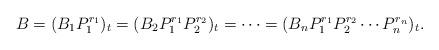
LaTeX: \begin{align*}B = (B_1 P_1^{r_1})_t = (B_2P_1^{r_1}P_2^{r_2})_t = \dots = (B_{n}P_{1}^{r_{1}}P_{2}^{r_{2}} \cdots P_{n}^{r_{n}})_{t}.\end{align*}